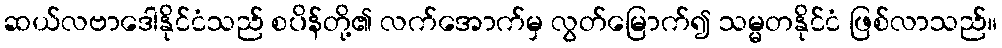
ဆယ်လဗာဒေါနိုင်ငံသည် စပိန်တို့၏ လက်အောက်မှ လွတ်မြောက်၍ သမ္မတနိုင်ငံ ဖြစ်လာသည်။